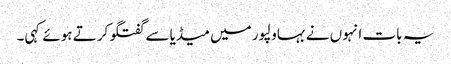
یہ بات انہوں نے بہاولپور میں میڈیا سے گفتگو کرتے ہوئے کہی۔